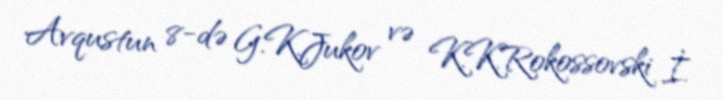
Avqustun 8-də G.K.Jukov və K.K.Rokossovski İ.